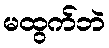
မထွက်ဘဲ